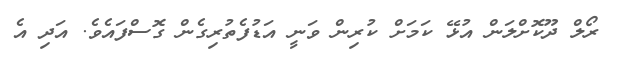
ރޯލް ދޫކޮށްލަން އުޅޭ ކަމަށް ކުރިން ވަނީ އަޑުފެތުރިގެން ގޮސްފައެވެ. އަދި އެ